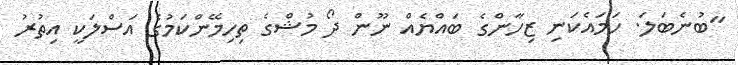
"ބުނެބަލަ. ހަމައެކަނި ޒިހާންގެ ބައްޔެއް ނޫން ދޯ މުޝްގެ ތިހިމޭންކަމުގެ އަސްލަކީ އިތުރު